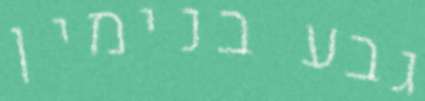
גבע בנימין